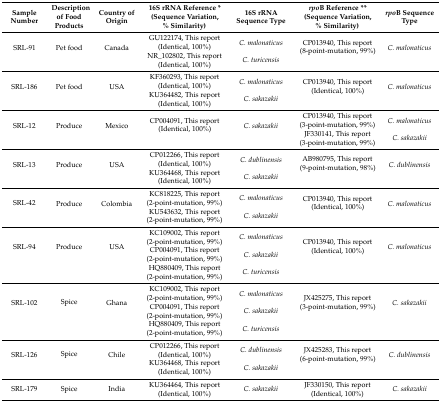
<table><thead><tr><td><b>Sample Number</b></td><td><b>Description of Food Products</b></td><td><b>Country of Origin</b></td><td><b>16S rRNA Reference * (Sequence Variation, % Similarity)</b></td><td><b>16S rRNA Sequence Type</b></td><td><b><i>rpo</i>B Reference ** (Sequence Variation, % Similarity)</b></td><td><b><i>rpo</i>B Sequence Type</b></td></tr></thead><tbody><tr><td rowspan="2">SRL-91</td><td rowspan="2">Pet food</td><td rowspan="2">Canada</td><td>GU122174, This report (Identical, 100%)</td><td><i>C. malonaticus</i></td><td rowspan="2">CP013940, This report (8-point-mutation, 99%)</td><td rowspan="2"><i>C. malonaticus</i></td></tr><tr><td>NR_102802, This report (Identical, 100%)</td><td><i>C. turicensis</i></td></tr><tr><td rowspan="2">SRL-186</td><td rowspan="2">Pet food</td><td rowspan="2">USA</td><td>KF360293, This report (Identical, 100%)</td><td><i>C. malonaticus</i></td><td rowspan="2">CP013940, This report (Identical, 100%)</td><td rowspan="2"><i>C. malonaticus</i></td></tr><tr><td>KU364482, This report (Identical, 100%)</td><td><i>C. sakazakii</i></td></tr><tr><td rowspan="2">SRL-12</td><td rowspan="2">Produce</td><td rowspan="2">Mexico</td><td rowspan="2">CP004091, This report (Identical, 100%)</td><td rowspan="2"><i>C. sakazakii</i></td><td>CP013940, This report (3-point-mutation, 99%)</td><td><i>C. malonaticus</i></td></tr><tr><td>JF330141, This report (3-point-mutation, 99%)</td><td><i>C. sakazakii</i></td></tr><tr><td rowspan="2">SRL-13</td><td rowspan="2">Produce</td><td rowspan="2">USA</td><td>CP012266, This report (Identical, 100%)</td><td><i>C. dublinensis</i></td><td rowspan="2">AB980795, This report (9-point-mutation, 98%)</td><td rowspan="2"><i>C. dublinensis</i></td></tr><tr><td>KU364468, This report (Identical, 100%)</td><td><i>C. sakazakii</i></td></tr><tr><td rowspan="2">SRL-42</td><td rowspan="2">Produce</td><td rowspan="2">Colombia</td><td>KC818225, This report (2-point-mutation, 99%)</td><td><i>C. malonaticus</i></td><td rowspan="2">CP013940, This report (Identical, 100%)</td><td rowspan="2"><i>C. malonaticus</i></td></tr><tr><td>KU543632, This report (2-point-mutation, 99%)</td><td><i>C. sakazakii</i></td></tr><tr><td rowspan="3">SRL-94</td><td rowspan="3">Produce</td><td rowspan="3">USA</td><td>KC109002, This report (2-point-mutation, 99%)</td><td><i>C. malonaticus</i></td><td rowspan="3">CP013940, This report (Identical, 100%)</td><td rowspan="3"><i>C. malonaticus</i></td></tr><tr><td>CP004091, This report (2-point-mutation, 99%)</td><td><i>C. sakazakii</i></td></tr><tr><td>HQ880409, This report (2-point-mutation, 99%)</td><td><i>C. turicensis</i></td></tr><tr><td rowspan="3">SRL-102</td><td rowspan="3">Spice</td><td rowspan="3">Ghana</td><td>KC109002, This report (2-point-mutation, 99%)</td><td><i>C. malonaticus</i></td><td rowspan="3">JX425275, This report (3-point-mutation, 99%)</td><td rowspan="3"><i>C. sakazakii</i></td></tr><tr><td>CP004091, This report (2-point-mutation, 99%)</td><td><i>C. sakazakii</i></td></tr><tr><td>HQ880409, This report (2-point-mutation, 99%)</td><td><i>C. turicensis</i></td></tr><tr><td rowspan="2">SRL-126</td><td rowspan="2">Spice</td><td rowspan="2">Chile</td><td>CP012266, This report (Identical, 100%)</td><td><i>C. dublinensis</i></td><td rowspan="2">JX425283, This report (6-point-mutation, 99%)</td><td rowspan="2"><i>C. dublinensis</i></td></tr><tr><td>KU364468, This report (Identical, 100%)</td><td><i>C. sakazakii</i></td></tr><tr><td>SRL-179</td><td>Spice</td><td>India</td><td>KU364464, This report (Identical, 100%)</td><td><i>C. sakazakii</i></td><td>JF330150, This report (Identical, 100%)</td><td><i>C. sakazakii</i></td></tr></tbody></table>